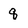
Character: q